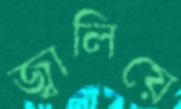
জ্বালিয়ে